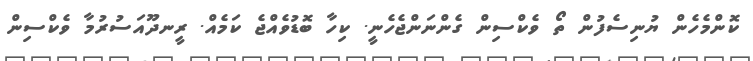
ކޮންމެހެން ޔުނިސެފުން ތޯ ވެކްސިން ގެންނަންޖެހެނީ. ކިހާ ބޮޑުވެއްޖެ ކަމެއް. ރީނދޫއަސުރުމާ ވެކްސިން